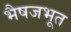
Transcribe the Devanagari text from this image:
भैषजभूत